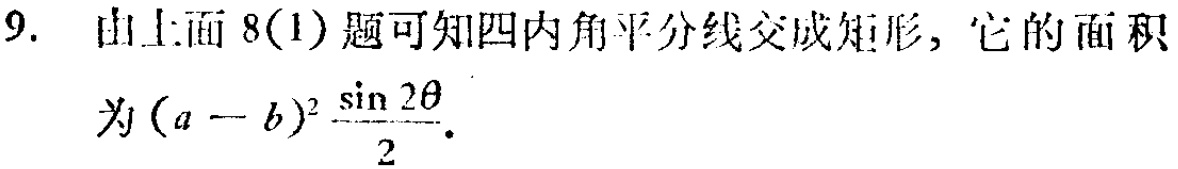
9. 由上面8(1)题可知四内角平分线交成矩形，它的面积
为\((a - b)^2\frac{\sin 2\theta}{2}\)。